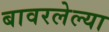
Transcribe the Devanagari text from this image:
बावरलेल्या